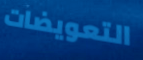
التعويضات